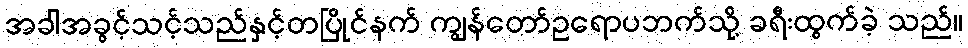
အခါအခွင့်သင့်သည်နှင့်တပြိုင်နက် ကျွန်တော်ဥရောပဘက်သို့ ခရီးထွက်ခဲ့ သည်။